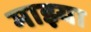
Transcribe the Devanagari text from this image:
माझ्या